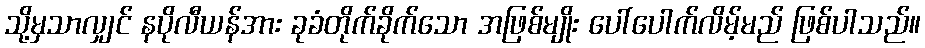
သို့မှသာလျှင် နပိုလီယန်အား ခုခံတိုက်ခိုက်သော အဖြစ်မျိုး ပေါ်ပေါက်လိမ့်မည် ဖြစ်ပါသည်။